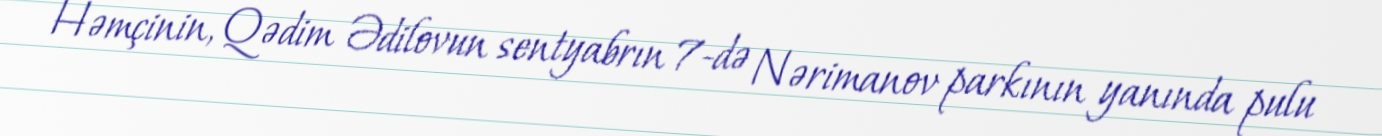
Həmçinin, Qədim Ədilovun sentyabrın 7-də Nərimanov parkının yanında pulu